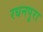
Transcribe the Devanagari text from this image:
रधनपुरा